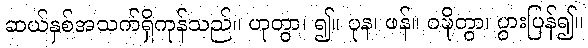
ဆယ်နှစ်အသက်ရှိကုန်သည်။ ဟုတွာ၊ ၍။ ပုန၊ ဖန်။ ဝဍ္ဎိတွာ၊ ပွားပြန်၍။